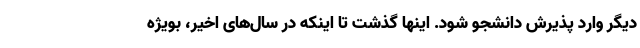
دیگر وارد پذیرش دانشجو شود. اینها گذشت تا اینکه در سال‌های اخیر، بویژه